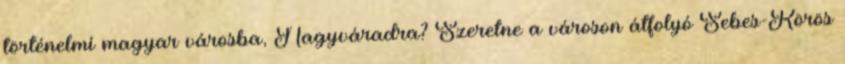
történelmi magyar városba, Nagyváradra? Szeretne a városon átfolyó Sebes-Körös